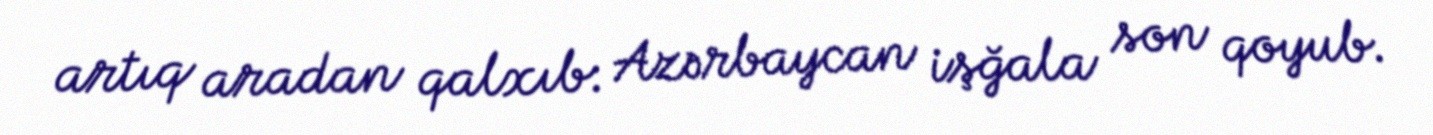
artıq aradan qalxıb: Azərbaycan işğala son qoyub.